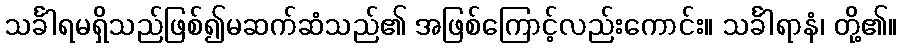
သင်္ခါရမရှိသည်ဖြစ်၍မဆက်ဆံသည်၏ အဖြစ်ကြောင့်လည်းကောင်း။ သင်္ခါရာနံ၊ တို့၏။